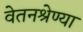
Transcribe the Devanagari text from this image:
वेतनश्रेण्या